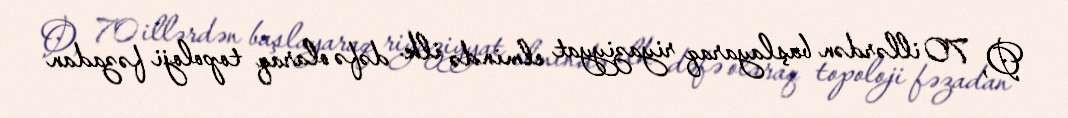
O, 70 illərdən başlayaraq riyaziyyat elmində ilk dəfə olaraq topoloji fəzadan